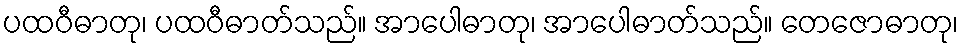
ပထဝီဓာတု၊ ပထဝီဓာတ်သည်။ အာပေါဓာတု၊ အာပေါဓာတ်သည်။ တေဇောဓာတု၊